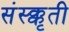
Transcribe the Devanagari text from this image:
संस्क्कृती